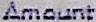
AMOUNT